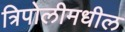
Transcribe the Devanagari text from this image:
त्रिपोलीमधील